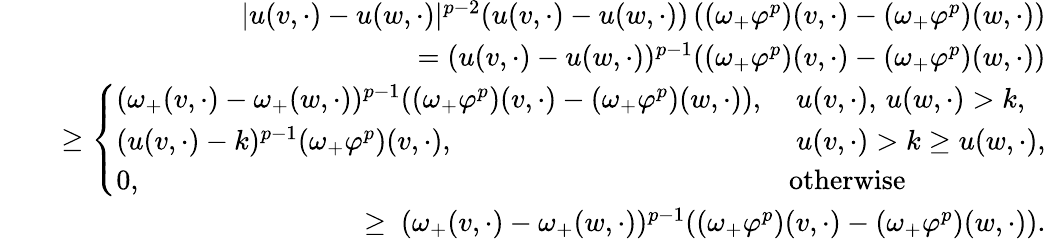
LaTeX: \begin{array}{rlr}&{}&{\lvert u(v,\cdot)-u(w,\cdot)\rvert^{p-2}(u(v,\cdot)-u(w,\cdot))\left((\omega_{+}\varphi^{p})(v,\cdot)-(\omega_{+}\varphi^{p})(w,\cdot)\right)}\\ &{}&{\, =(u(v,\cdot)-u(w,\cdot))^{p-1}((\omega_{+}\varphi^{p})(v,\cdot)-(\omega_{+}\varphi^{p})(w,\cdot))}\\ &{}&{\, \ge\left\{ \begin{array}{ll}{(\omega_{+}(v,\cdot)-\omega_{+}(w,\cdot))^{p-1}((\omega_{+}\varphi^{p})(v,\cdot)-(\omega_{+}\varphi^{p})(w,\cdot)),}&{\ u(v,\cdot),\, u(w,\cdot)>k,}\\ {(u(v,\cdot)-k)^{p-1}(\omega_{+}\varphi^{p})(v,\cdot),}&{\ u(v,\cdot)>k\ge u(w,\cdot),}\\ {0,}&{\mathrm{otherwise}}\end{array}\right.}\\ &{}&{\, \geq\ (\omega_{+}(v,\cdot)-\omega_{+}(w,\cdot))^{p-1}((\omega_{+}\varphi^{p})(v,\cdot)-(\omega_{+}\varphi^{p})(w,\cdot)).}\end{array}